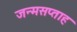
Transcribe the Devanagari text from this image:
जन्मसप्ताह